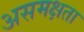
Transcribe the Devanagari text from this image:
असमक्षता